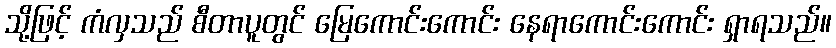
သို့ဖြင့် ကံလှသည် စီတာပူတွင် မြေကောင်းကောင်း နေရာကောင်းကောင်း ရှာရသည်။